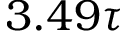
3 . 4 9 \tau